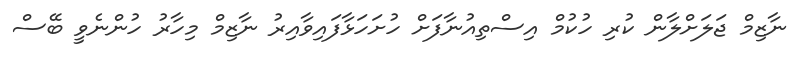
ނާޒިމް ޖަލަށްލާން ކުރި ހުކުމް އިސްތިއުނާފަށް ހުށަހަޅާފައިވާއިރު ނާޒިމް މިހާރު ހުންނެވީ ބޭސް